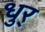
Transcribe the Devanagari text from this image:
धुर्